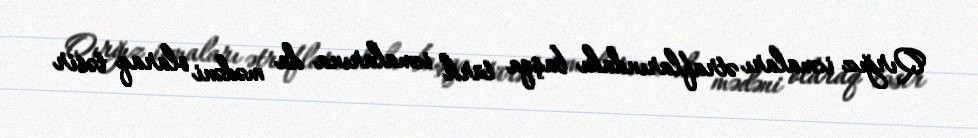
Qırğız icmaları ətraflarındakı başqa türk icmalarına da mədəni olaraq təsir